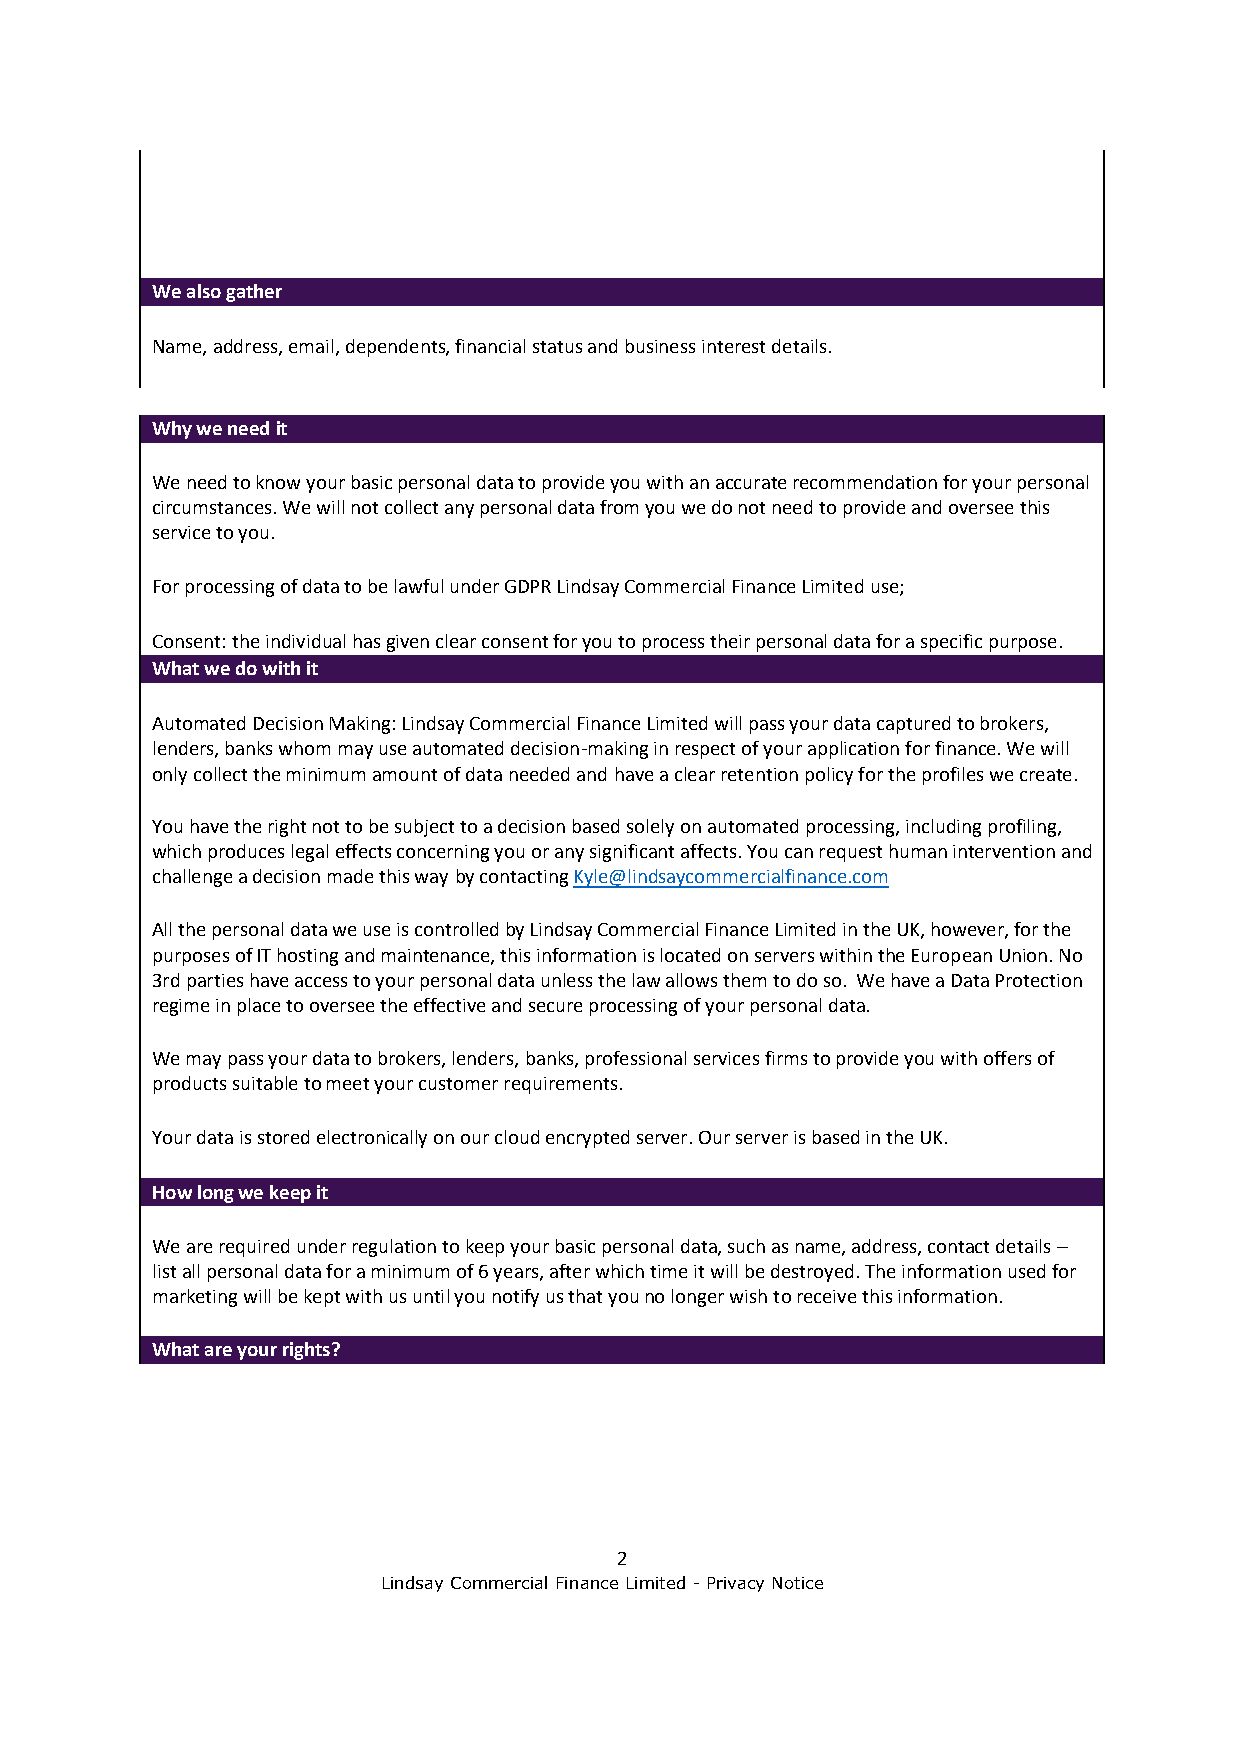
We also gather
 Name, address, email, dependents, financial status and business interest details.
 Why we need it
 We need to know your basic personal data to provide you with an accurate recommendation for your personal
 circumstances. We will not collect any personal data from you we do not need to provide and oversee this
 service to you.
 For processing of data to be lawful under GDPR Lindsay Commercial Finance Limited use;
 Consent: the individual has given clear consent for you to process their personal data for a specific purpose.
 What we do with it
 Automated Decision Making: Lindsay Commercial Finance Limited will pass your data captured to brokers,
 lenders, banks whom may use automated decision-making in respect of your application for finance. We will
 only collect the minimum amount of data needed and have a clear retention policy for the profiles we create.
 You have the right not to be subject to a decision based solely on automated processing, including profiling,
 which produces legal effects concerning you or any significant affects. You can request human intervention and
 challenge a decision made this way by contacting Kyle@lindsaycommercialfinance.com
 All the personal data we use is controlled by Lindsay Commercial Finance Limited in the UK, however, for the
 purposes of IT hosting and maintenance, this information is located on servers within the European Union. No
 3rd parties have access to your personal data unless the law allows them to do so. We have a Data Protection
 regime in place to oversee the effective and secure processing of your personal data.
 We may pass your data to brokers, lenders, banks, professional services firms to provide you with offers of
 products suitable to meet your customer requirements.
 Your data is stored electronically on our cloud encrypted server. Our server is based in the UK.
 How long we keep it
 We are required under regulation to keep your basic personal data, such as name, address, contact details –
 list all personal data for a minimum of 6 years, after which time it will be destroyed. The information used for
 marketing will be kept with us until you notify us that you no longer wish to receive this information.
 What are your rights?
 2
 Lindsay Commercial Finance Limited - Privacy Notice